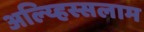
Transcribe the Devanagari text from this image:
अल्य्हिस्सलाम